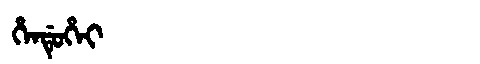
Manchu: ᡥᡝᠨᡩᡠᡥᡝᡳ
Romanization: HENDUHEI